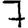
Digit: 7